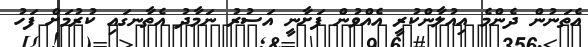
އެތަނުން ދެންމެ އިއުލާންކުރީ އެއްވުން ފަށާނީ އަސުރު ނަމާދު އެތާނގައި ކުރުމަށް ފަހު